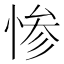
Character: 惨